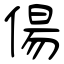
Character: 偒